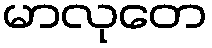
မာလုတေ